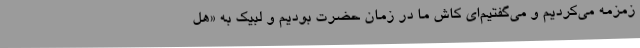
زمزمه می‌کردیم و می‌گفتیم‌ای کاش ما در زمان حضرت بودیم و لبیک به «هل